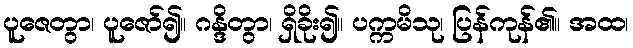
ပူဇေတွာ၊ ပူဇော်၍။ ဂန္ဒိတွာ၊ ရှိခိုး၍။ ပက္ကမိသု၊ ပြန်ကုန်၏။ အထ၊